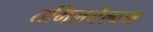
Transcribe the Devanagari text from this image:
तमिलचेल्वम